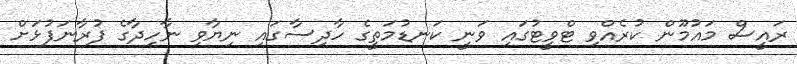
ރައީސް މައުމޫން ކުރެއްވި ޓްވީޓުގައި ވަނީ ކަނޑުމަތީގެ ހާދިސާގައި ނިޔާވި ނާހިދާގެ ފުރާނަފުޅަށް